Leaving Certificate Examination, 1918
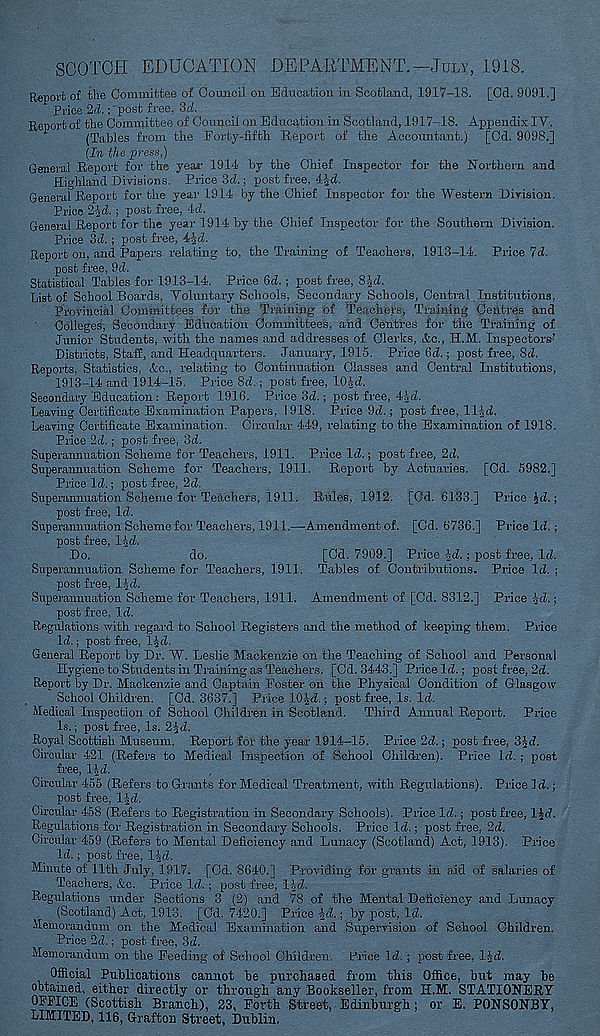
SCOTCH EDUCATION DEPARTMENT,-July, 1918.
Report of the Committee of Council on Education in Scotland, 1917-18. [Cd. 9091.]
Price 2d.;'post free, 3d.
Report of the Committee of Council on Education in Scotland, 1917-18. Appendix IV,
(Tables from the Forty-fifth Report of the Accountant.) [Cd. 9098.]
(In the press,)
General Report for the year 1914 by the Chief Inspector for the Northern and
Highland Divisions. Price 3d.; post free, 4|d.
General Report for the year 1914 by the Chief Inspector for the Western Division.
Price 2|d. ; post free, 4d.
General Report for the year 1914 by the Chief Inspector for the Southern Division.
Price 3d. ; post free, 4|d.
Report on, and Papers relating to, the Training of Teachers, 1913-14. Price 7d.
post free, 9d.
Statistical Tables for 1913-14. Price fid. ; post free, SJd.
Gist of School Boards, Voluntary Schools, Secondary Schools, Central Institutions,
Provincial Committees for the Training of Teachers, Training Centres and
Colleges, Secondary Education Committees, and Centres for the Training of
Junior Students, with the names and addresses of Clerks, Ac., H.M. Inspectors’
Districts, Staff, and Headquarters. January, 1915. Price fid.; post free, 8d.
Reports. Statistics, Ac., relating to Continuation Classes and Central Institutions,
1913-14 and 1914-15. Price 8d. ; post free, lOJd.
Secondai-y Education: Report 1916. Price 3d.; post free, 44-d.
Leaving Certificate Examination Papers, 1918. Price 9d.; post free, lljd.
Leaving Certificate Examination. Circular 449, relating to the Examination of 1918.
Price 2d,; post free, 3d.
Superannuation Scheme for Teachers, 1911. Price Id.; post free, 2d.
Superannuation Scheme for Teachers, 1911. Report by Actuaries. [Cd. 5982.]
Price Id.; post free, 2d.
Superannuation Scheme for Teacher's, 1911. Rides, 1912. [Cd. 6133.] Price Jd.;
post free, Id.
Superannuation Scheme for Teachers, 1911.—Amendment of. [Cd. 6736.] Price Id.;
post free, lid.
Do.
do.
[Cd. 7909.] Price id.; post free, Id.
Superannuation Scheme for Teachers, 1911. Tables of Contributions. Price Id. ;
post free, l^d.
Superannuation Scheme for Teachers, 1911. Amendment of [Od. 8312.] Price id.;
post free, Id.
Regulations with regard to School Registers and the method of keeping them. Price
Id.; post free, 1 jd.
General Report by Dr. W. Leslie Mackenzie on the Teaching of School and Personal
Hygiene to Students in Training as Teachers. [Cd. 3443.] Price Id.; post free, 2d.
Report by Dr. Mackenzie and Captain Foster on the Physical Condition of Glasgow
School Children. [Cd. 3637.] Price lOld.; post free, Is. Id.
Medical Inspection of School Children in Scotland. Third Annual Report. Price
Is.; post free, Is. 2^d.
Royal Scottish Museum. Report for the year 1914-15. Price 2d.; post free, 3Jd.
Circular 421 (Refers to Medical Inspection of School Children). Price Id. ; poet
free, l|d.
Circular 455 (Refers to Grants for Medical Treatment, with Regulations). Price Id.;
post free, IJd.
Circular 458 (Refers to Registration in Secondary Schools). Price Id.; post free, IJd.
Regulations for Registration in Secondary Schools. Price Id.; post free, 2d.
Circular 459 (Refers to Mental Deficiency and Lunacy (Scotland) Act, 1913). Price
Id.; post free, l^d.
Minute of 11th July, 1917. [Cd. 8640.] Providing for grants in aid of salaries of
Teachers, Ac. Price Id.; post free, lid.
Regulations under Sections 3 (2) and 78 of the Mental Deficiency and Lunacy
(Scotland) Act, 1913. [Cd. 7420.] Price id.; by post, Id.
Memorandum on the Medical Examination and Supervision of School Children.
Price 2d.; post free, 3d.
Memorandum on the Feeding of School Children. Price Id. ; post free, lid.
Official Publications cannot he purchased from this Office, hut may he
obtained, either directly or through any Bookseller, from H.M. STATIONERY
OFFICE (Scottish Branch), 23, Forth Street, Edinburgh; or E. PONSONBY,
LIMITED, 116, Grafton Street, Dublin,